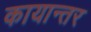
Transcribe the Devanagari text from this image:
कायान्तर